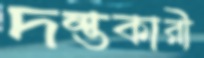
দম্ভকারী